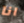
انا